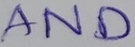
Text: AND